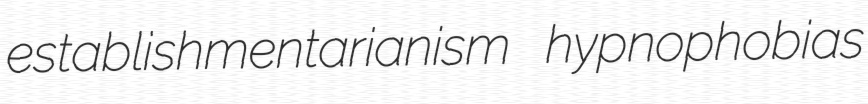
establishmentarianism hypnophobias